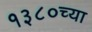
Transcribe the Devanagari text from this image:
१३८०च्या